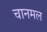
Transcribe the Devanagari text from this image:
चानमल